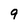
Character: 9